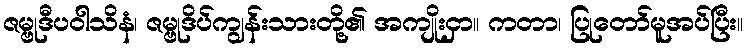
ဇမ္ဗုဒီပဝါသိနံ၊ ဇမ္ဗုဒိပ်ကျွန်းသားတို့၏ အကျိုးငှာ။ ကတာ၊ ပြုတော်မူအပ်ပြီး။